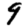
Digit: 9